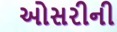
ઓસરીની